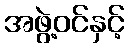
အဖွဲ့ဝင်နှင့်